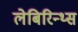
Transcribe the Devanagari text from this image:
लेबिरिन्थ्स